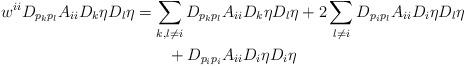
LaTeX: \begin{align*} w^{ii}D_{p_kp_l}A_{ii}D_k\eta D_l \eta &= \sum_{k,l \neq i}D_{p_kp_l}A_{ii}D_k\eta D_l \eta + 2\sum_{l \neq i}D_{p_ip_l}A_{ii}D_i\eta D_l \eta \\ &\quad\quad+ D_{p_ip_i}A_{ii}D_i\eta D_i \eta\end{align*}